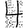
Digit: 4